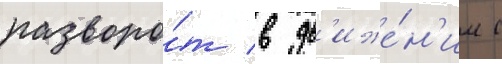
разворо́т в дв'иже́н'ии с